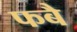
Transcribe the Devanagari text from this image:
फबै